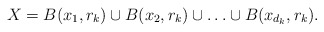
\begin{align*}X=B(x_1,r_k)\cup B(x_2,r_k)\cup\ldots\cup B(x_{d_k},r_k).\end{align*}